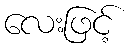
လေးဖြင့်